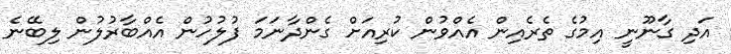
އަދި ގާނޫނީ އިމުގެ ތެރެއިން އެއްވުން ކުރިއަށް ގެންދާނަމަ ފުލުހުން އެއްބާރުލުން ލިބޭނެ